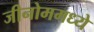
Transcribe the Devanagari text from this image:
जीनोममध्ये